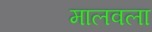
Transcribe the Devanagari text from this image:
मालवला